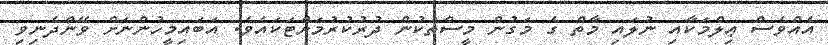
އެއްވެސް ޢިލްމަކާއި ނުލައި މާތް ގެ މަގުން މީސްތަކުން ދުރުކުރުމަށްޓަކައެވެ. އަބައިމީހުންނަށް ވޭންދެނިވި